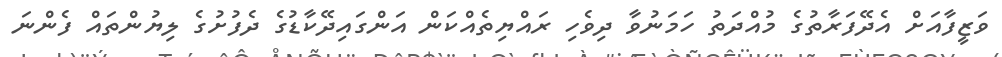
ވަޒީފާއަށް އެދޭފަރާތުގެ މުއްދަތު ހަމަނުވާ ދިވެހި ރައްޔިތެއްކަން އަންގައިދޭކާޑުގެ ދެފުށުގެ ލިޔުންތައް ފެންނަ